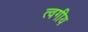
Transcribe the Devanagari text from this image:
त्वगीय